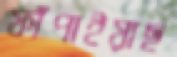
ফাঁপাইয়াছ